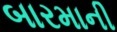
બારમાની